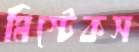
মিস্টেকস